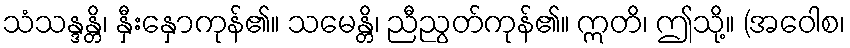
သံသန္ဒန္တိ၊ နှီးနှောကုန်၏။ သမေန္တိ၊ ညီညွတ်ကုန်၏။ ဣတိ၊ ဤသို့။ (အဝေါစ၊